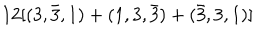
1 2 [ ( 3 , \bar { 3 } , 1 ) + ( 1 , 3 , \bar { 3 } ) + ( \bar { 3 } , 3 , 1 ) ]